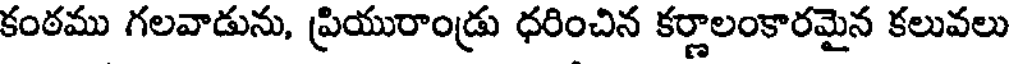
కంఠము గలవాడును, ప్రియురాండ్రు ధరించిన కర్ణాలంకారమైన కలువలు